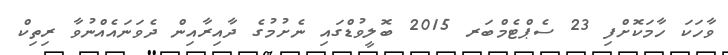
ވާހަކަ ހާމަކޮށްފި 23 ސެޕްޓެމްބަރ 2015 ބޮލީވުޑްގައި ނެށުމުގެ ދާއިރާއިން ދެވަނައެއްނުވާ ރިތިކް